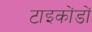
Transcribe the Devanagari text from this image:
टाइकोंडों